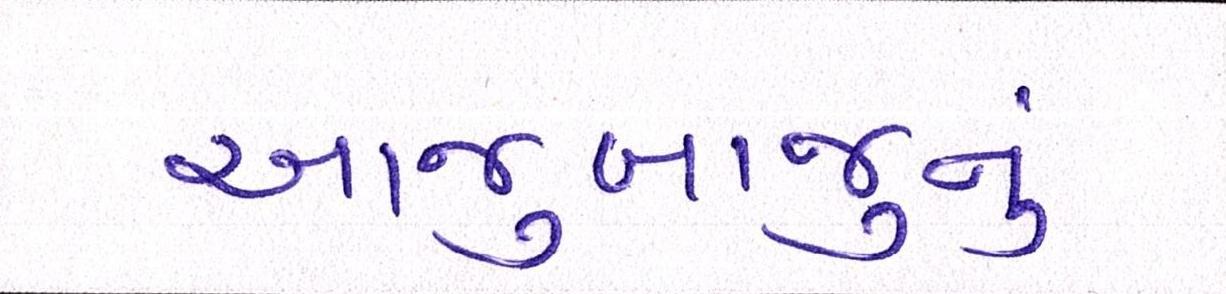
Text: આજુબાજુનું